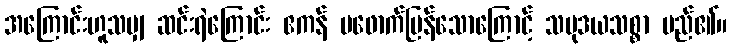
အကြောင်းဟူသမျှ ဆင်းရဲကြောင်း ဧကန် မဖောက်ပြန်သောကြောင့် သမုဒယသစ္စာ မည်၏။